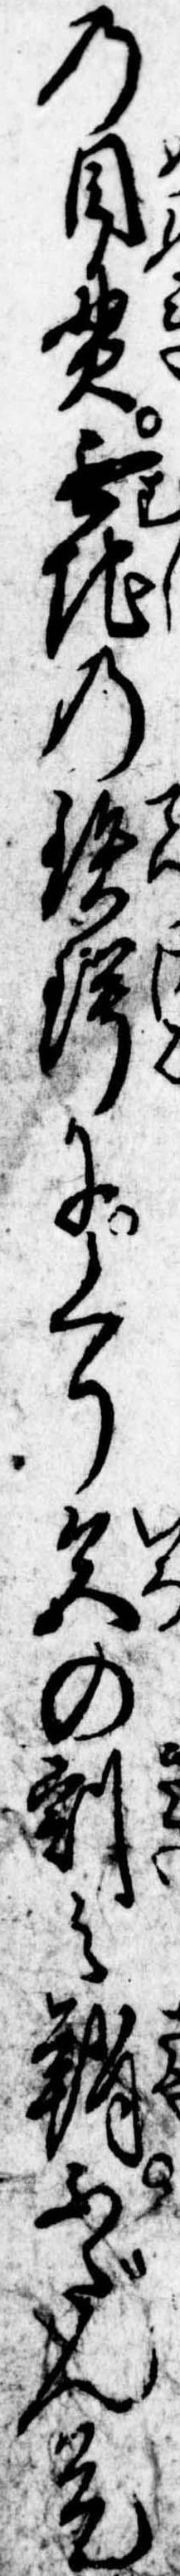
の目貫無地の鉄鍔にくり色の刻み鞘ふだん是